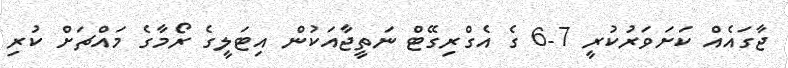
ޖާގައެއް ކަށަވަރުކުރީ 7-6 ގެ އެގްރިގޭޓް ނަތީޖާއަކުން އިޓަލީގެ ރޯމާގެ މައްޗަށް ކުރި